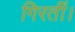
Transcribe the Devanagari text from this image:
गिरतीं।